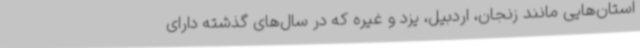
استان‌هایی مانند زنجان، اردبیل، یزد و غیره که در سال‌های گذشته دارای